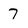
Character: 7